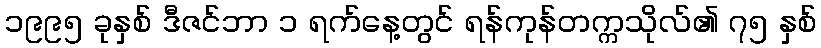
၁၉၉၅ ခုနှစ် ဒီဇင်ဘာ ၁ ရက်နေ့တွင် ရန်ကုန်တက္ကသိုလ်၏ ၇၅ နှစ်